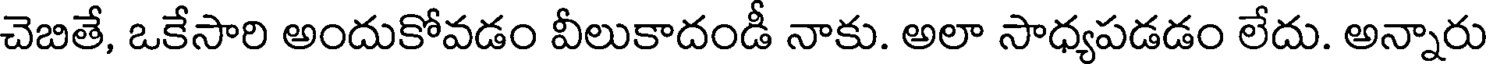
చెబితే, ఒకేసారి అందుకోవడం వీలుకాదండీ నాకు. అలా సాధ్యపడడం లేదు. అన్నారు